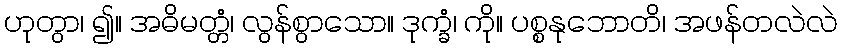
ဟုတွာ၊ ၍။ အဓိမတ္တံ၊ လွန်စွာသော။ ဒုက္ခံ၊ ကို။ ပစ္စနုဘောတိ၊ အဖန်တလဲလဲ